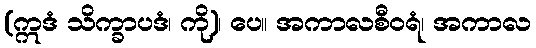
(ဣဒံ သိက္ခာပဒံ၊ ကို)၊ ပေ။ အကာလစီဝရံ၊ အကာလ